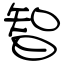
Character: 智